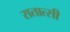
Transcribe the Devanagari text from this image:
रातात्सी